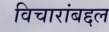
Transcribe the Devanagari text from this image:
विचारांबद्दल